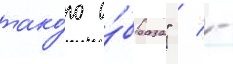
тако́го о́браза" / -